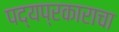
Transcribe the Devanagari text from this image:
पद्यप्रकाराचा